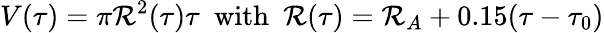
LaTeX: V(\tau)=\pi\mathcal{R}^{2}(\tau)\tau~~\mathrm{{with}}~~\mathcal{R}(\tau)=\mathcal{R}_{A}+0.15(\tau-\tau_{0})